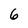
Character: 6